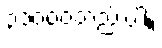
၃၁၀၀၀တည်းပါ။